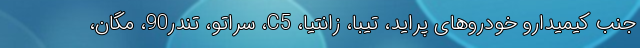
جنب کیمیدارو خودروهای پراید، تیبا، زانتیا، C5، سراتو، تندر90، مگان،